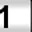
Digit: 1